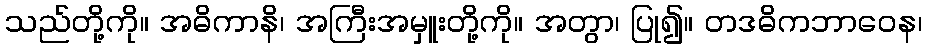
သည်တို့ကို။ အဓိကာနိ၊ အကြီးအမှူးတို့ကို။ အတွာ၊ ပြု၍။ တဒဓိကဘာဝေန၊